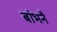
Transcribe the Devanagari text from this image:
बांभनै